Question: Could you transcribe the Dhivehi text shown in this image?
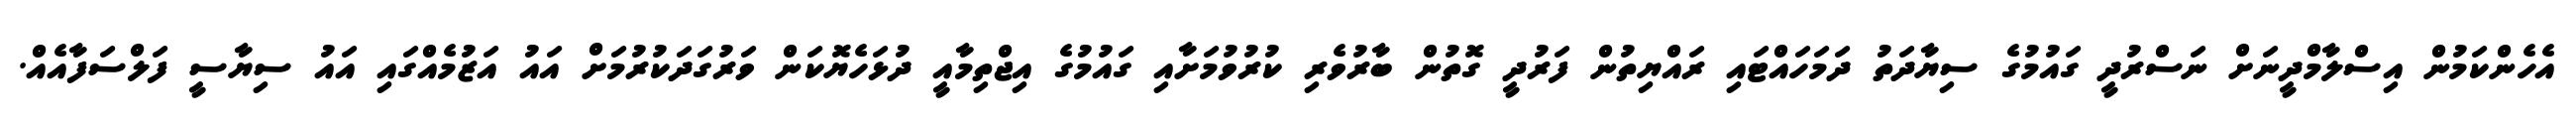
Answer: އެހެންކަމުން އިސްލާމްދީނަށް ނަސްރުދީ ގައުމުގެ ސިޔާދަތު ދަމަހައްޓައި ރައްޔިތުން ފަރުދީ ގޮތުން ބާރުވެރި ކުރުވުމަށާއި ގައުމުގެ އިޖްތިމާއީ ދުޅަހެޔޮކަން ވަރުގަދަކުރުމަށް އައު އަޒުމެއްގައި އައު ސިޔާސީ ފަލްސަފާއެއް.